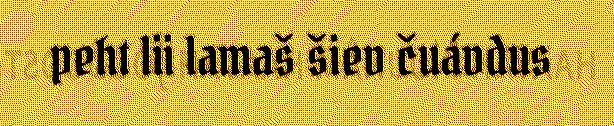
peht lii lamaš šiev čuávdus